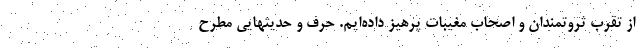
از تقرب ثروتمندان و اصحاب مغیبات پرهیز داده‌ایم. حرف و حدیثهایی مطرح